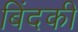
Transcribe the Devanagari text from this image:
बिंदकी